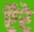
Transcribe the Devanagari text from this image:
ऍरे